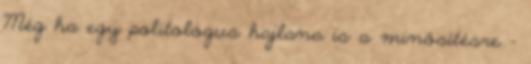
Még ha egy politológus hajlana is a minősítésre -